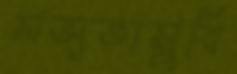
সভ্যতাসুবি